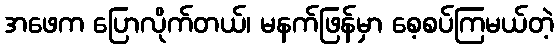
အဖေက ပြောလိုက်တယ်၊ မနက်ဖြန်မှာ စေ့စပ်ကြမယ်တဲ့